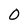
Character: 0